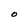
Character: O